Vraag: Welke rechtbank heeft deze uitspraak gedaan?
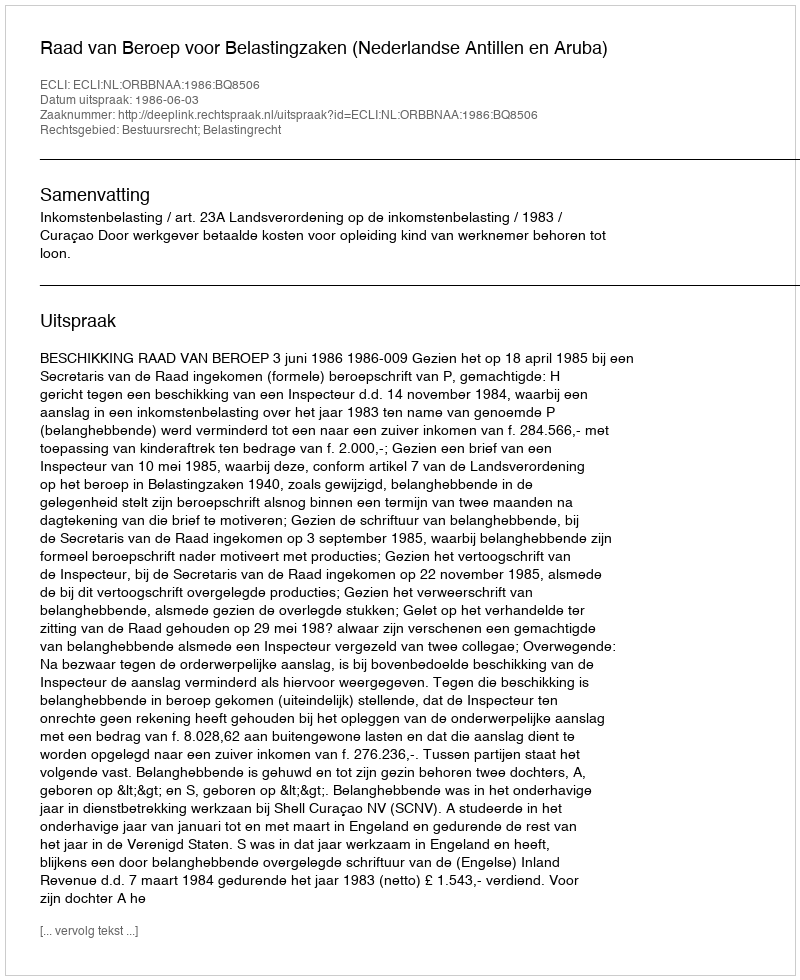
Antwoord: Raad van Beroep voor Belastingzaken (Nederlandse Antillen en Aruba)